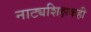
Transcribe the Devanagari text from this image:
नाट्यशिक्षकही